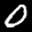
Label: 0